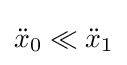
{\ddot {x}}_{0}\ll {\ddot {x}}_{1}